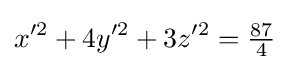
x'^{2}+4y'^{2}+3z'^{2}={\tfrac {87}{4}}